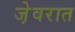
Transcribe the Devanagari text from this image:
जे़वरात